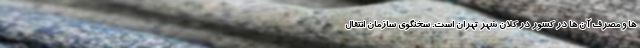
ها و مصرف آن ها در کشور در کلان شهر تهران است. سخنگوی سازمان انتقال